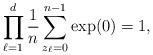
LaTeX: \begin{align*} \prod_{\ell=1}^{d} \frac{1}{n} \sum_{z_\ell=0}^{n-1} \exp(0) &= 1,\end{align*}